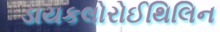
ડાયકલોરોઈથિલિન